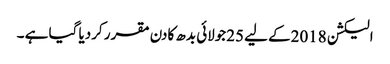
الیکشن 2018کے لیے 25جولائی بدھ کادن مقرر کردیا گیا ہے ۔